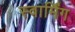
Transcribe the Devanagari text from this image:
स्वार्मिंग